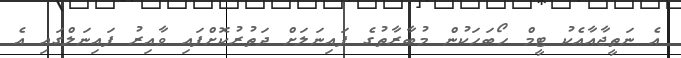
އެ ނަތީޖާއާއެކު ޓީމް ހޯބަހަކުން މުބާރާތުގެ ފައިނަލަށް ދަތުރުކޮށްފައި ވާއިރު ފައިނަލްގައި އެ